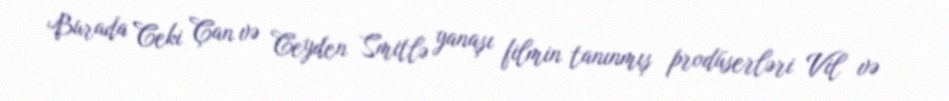
Burada Ceki Çan və Ceyden Smitlə yanaşı filmin tanınmış prodüserləri Vil və